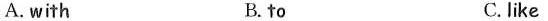
A.with B. to C. like